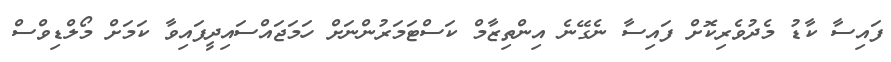
ފައިސާ ކާޑު މެދުވެރިކޮށް ފައިސާ ނެގޭނެ އިންތިޒާމް ކަސްޓަމަރުންނަށް ހަމަޖައްސައިދީފައިވާ ކަމަށް މޯލްޑިވްސް